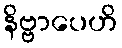
နိဗ္ဗာပေဟိ